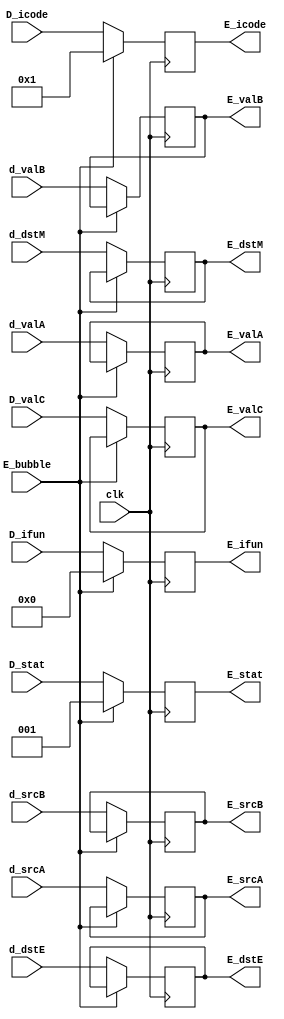
module execute_reg(clk,
E_bubble,
D_stat,D_icode,D_ifun,d_valA,d_valB,D_valC,d_srcA,d_srcB,d_dstE,d_dstM,
E_stat,E_icode,E_ifun,E_valA,E_valB,E_valC,E_srcA,E_srcB,E_dstE,E_dstM);


input wire clk,E_bubble;

input wire [2:0] D_stat;
input wire [3:0] D_icode,D_ifun,d_srcA,d_srcB,d_dstE,d_dstM;
input wire [63:0] d_valA,d_valB,D_valC;

output reg [2:0] E_stat;
output reg [3:0] E_icode,E_ifun,E_srcA,E_srcB,E_dstE,E_dstM;
output reg [63:0] E_valA,E_valB,E_valC;

always@(posedge clk)
begin

    if(!(E_bubble))
    begin
        E_stat  <= D_stat;
        E_icode <= D_icode;
        E_ifun <= D_ifun;
        E_valC <= D_valC;
        E_valA <= d_valA;
        E_valB <= d_valB;
        E_dstE <= d_dstE;
        E_dstM <= d_dstM;
        E_srcA <= d_srcA;
        E_srcB <= d_srcB;
    end

    else
    begin
        
        E_stat  <= 1;
        E_icode <= 4'b0001;
        E_ifun <= 4'b0000;
    end
end



endmodule